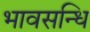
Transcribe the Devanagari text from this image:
भावसन्धि